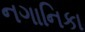
નગાનિકા